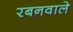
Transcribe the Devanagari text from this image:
रबनवाले